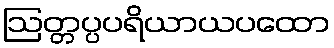
ဩတ္တပ္ပပရိယာယပထော